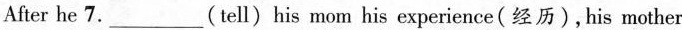
After he 7.___(tell)his mom his experience(经历),his mother